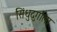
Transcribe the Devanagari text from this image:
सिंधुदुर्गाला